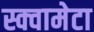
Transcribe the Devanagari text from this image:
स्क्वामेटा